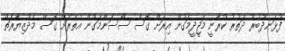
ފުޅަނދުބުރު ދަތުރު ކުރާނީ މަޖީދީމަގުން އިރަށް ގޮސް ސޯސަންމަގުން އުތުރަށް ގޮސް މެދުޒިޔާރަތް